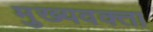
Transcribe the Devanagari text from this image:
मुख्यवक्ता